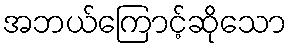
အဘယ်ကြောင့်ဆိုသော